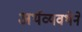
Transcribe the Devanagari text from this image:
अर्थव्यवथेने